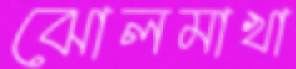
ঝোলমাখা